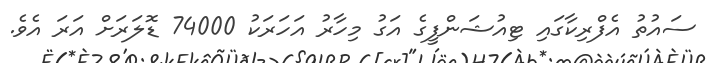
ސައުތު އެފްރިކާގައި ޓިއުޝަންފީގެ އަގު މިހާރު އަހަރަކު 74000 ޑޮލަރަށް އަރަ އެވެ.